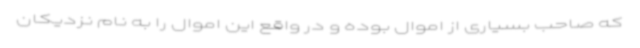
که صاحب بسیاری از اموال بوده و در واقع این اموال را به نام نزدیکان